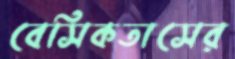
বেসিকতাসের